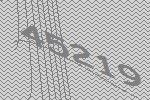
45219